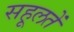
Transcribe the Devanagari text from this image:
सहूलतें